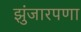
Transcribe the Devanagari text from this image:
झुंजारपणा